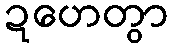
ဍဟေတွာ